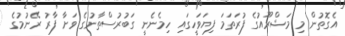
އެގޮތުން މި މަޝްރޫއުގެ ފުރަތަމަ ފިޔަވަހީގައި ހިމެނެނީ ގަބުރުސްތާނުގެ ވަށާ ފާރު ރޭނުމުގެ